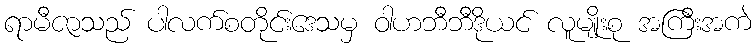
ရာမီဇာသည် ပါလက်စတိုင်းဒေသမှ ဝါဟဘီဘီဒိုယင် လူမျိုးစု အကြီးအကဲ